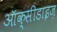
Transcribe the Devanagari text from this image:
ऑक्सीडाइज़